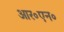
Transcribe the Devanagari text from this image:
आर॰एन॰